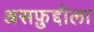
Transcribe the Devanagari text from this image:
असफ़ुद्दौला